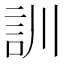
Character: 訓